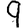
Digit: 9